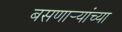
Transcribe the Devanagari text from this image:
बसणार्‍यांच्या